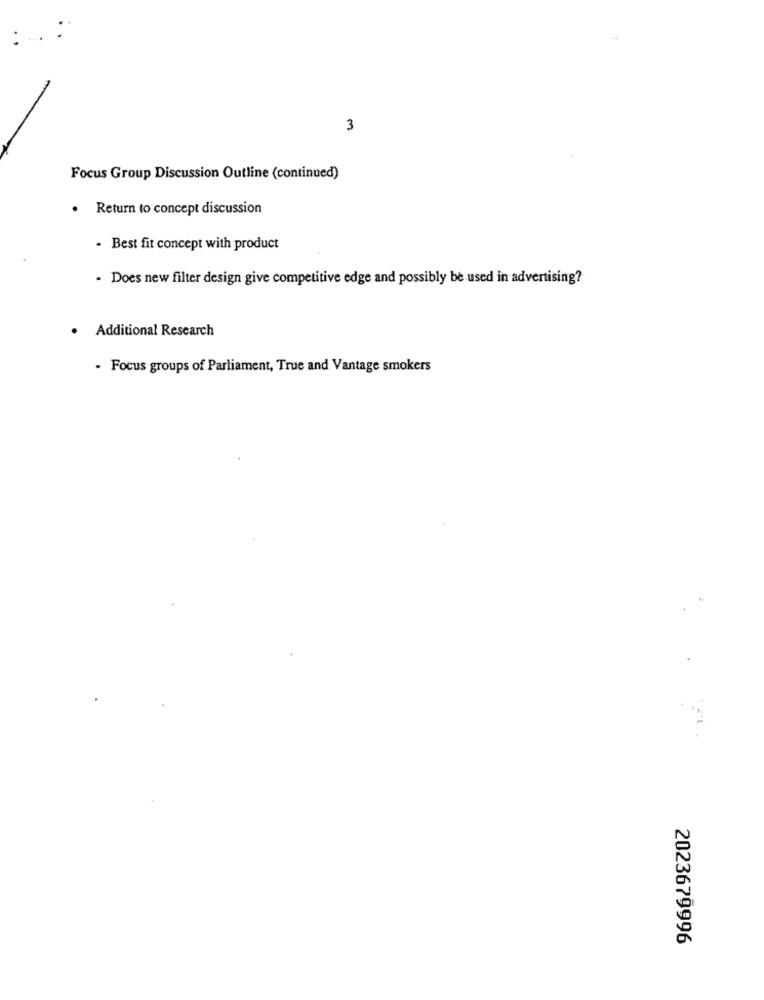
3
Focus Group Discussion Outline (continued)
. Return to concept discussion
. Best fit concept with product
- Does new filter design give competitive edge and possibly be used in advertising?
· Additional Research
. Focus groups of Parliament, True and Vantage smokers
2023679996